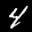
Label: 4